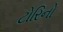
ટોરિનો